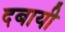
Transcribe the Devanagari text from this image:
दबायी